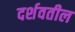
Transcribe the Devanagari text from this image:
दर्शवतील